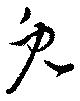
兎